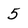
Character: 5